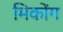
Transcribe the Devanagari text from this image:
मिकोंग